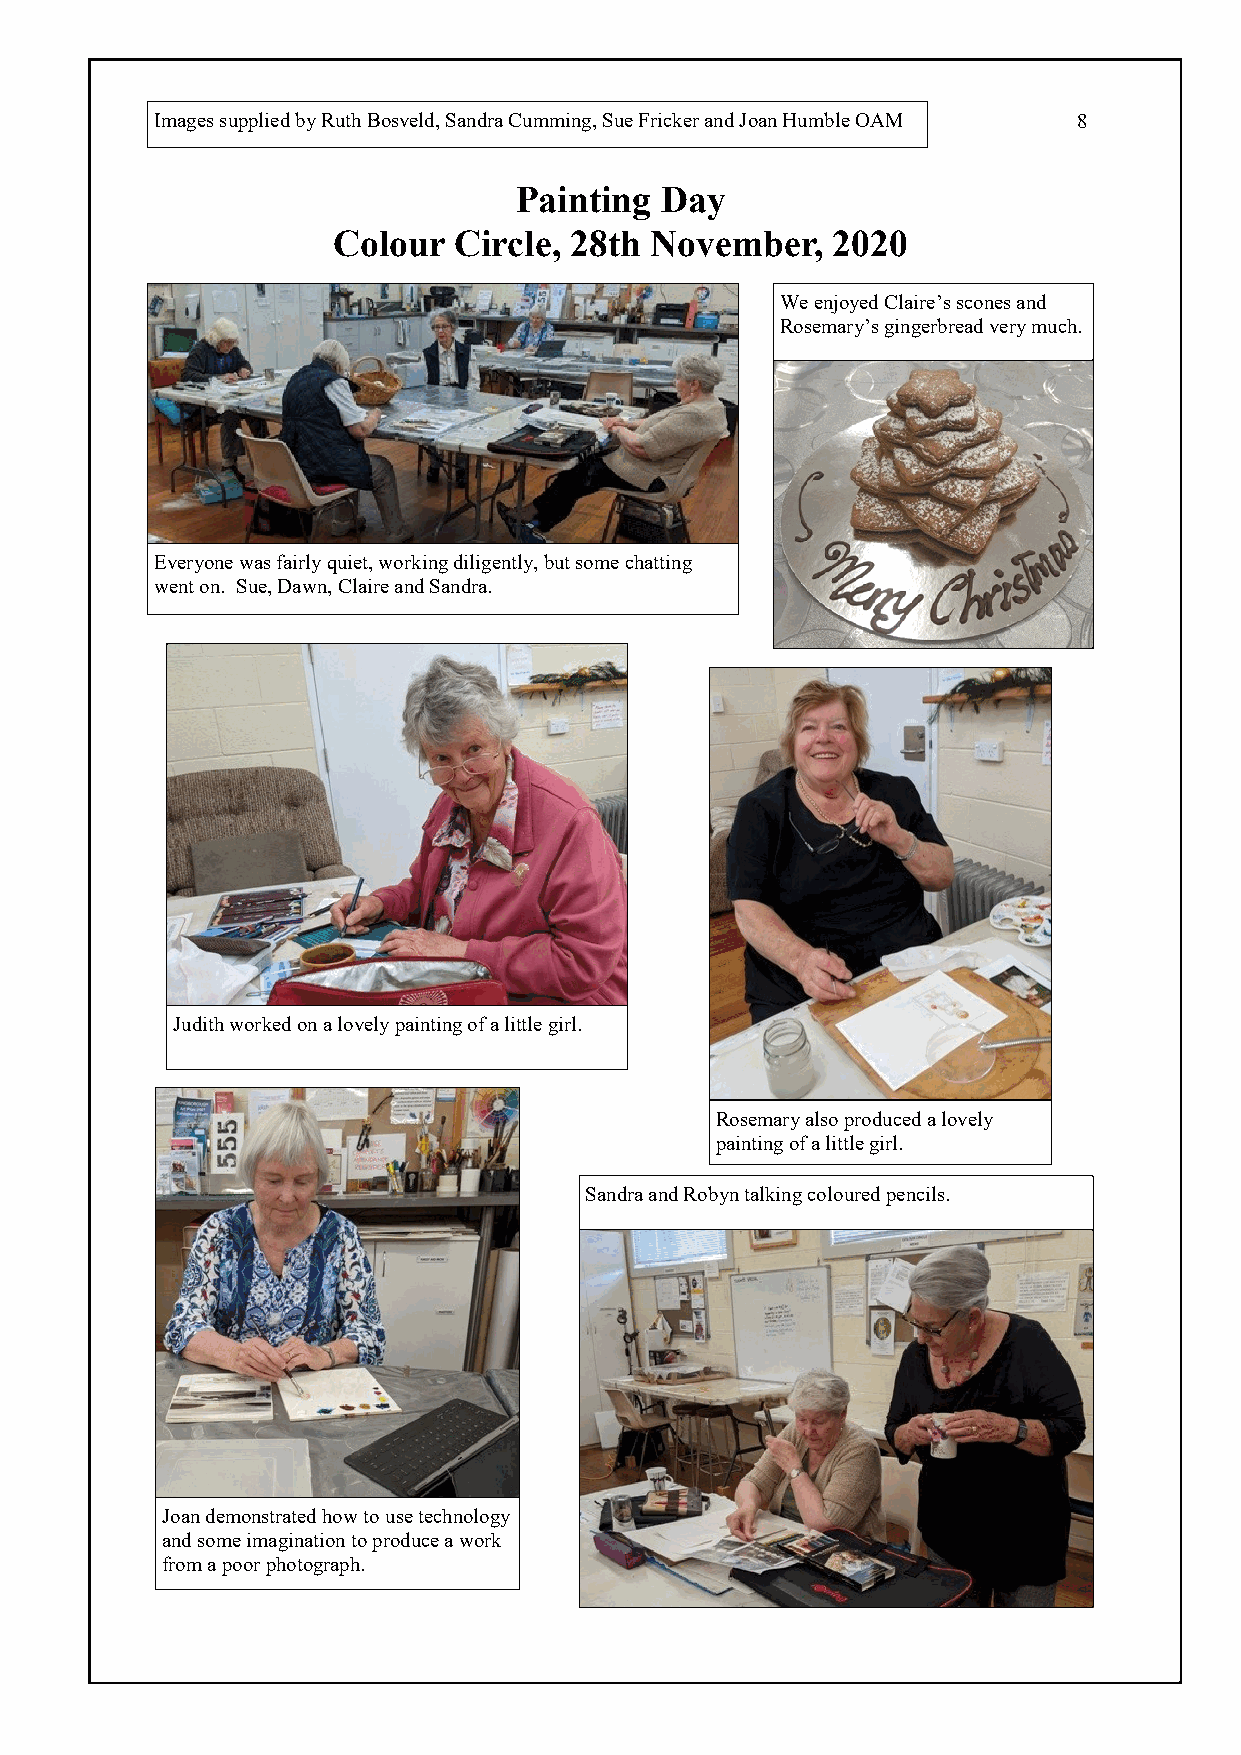
Images supplied by Ruth Bosveld, Sandra Cumming, Sue Fricker and Joan Humble OAM 8
 Painting  Day
 Colour  Circle, 28th November,   2020
 We enjoyed Claire’s scones and
 Rosemary’s gingerbread very much.
 Everyone was fairly quiet, working diligently, but some chatting
 went on. Sue, Dawn, Claire and Sandra.
 Judith worked on a lovely painting of a little girl.
 Rosemary also produced a lovely
 painting of a little girl.
 Sandra and Robyn talking coloured pencils.
 Joan demonstrated how to use technology
 and some imagination to produce a work
 from a poor photograph.